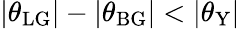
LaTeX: |\theta_{\mathrm{LG}}|-|\theta_{\mathrm{BG}}|<|\theta_{\mathrm{Y}}|